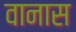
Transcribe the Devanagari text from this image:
वानास